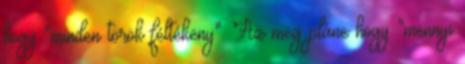
hogy "minden török féltékeny". Az meg pláne hogy "mennyi